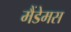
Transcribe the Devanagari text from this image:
मैंडेमस